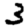
Digit: 3